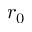
r _ { 0 }